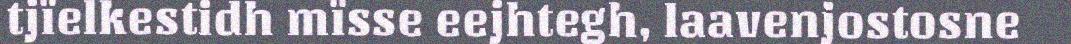
tjïelkestidh mïsse eejhtegh, laavenjostosne